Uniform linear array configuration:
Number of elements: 12
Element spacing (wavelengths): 0.75
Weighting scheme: binomial
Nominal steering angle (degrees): -60
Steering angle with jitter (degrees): -58.093
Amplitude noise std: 0.05
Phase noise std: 0.05

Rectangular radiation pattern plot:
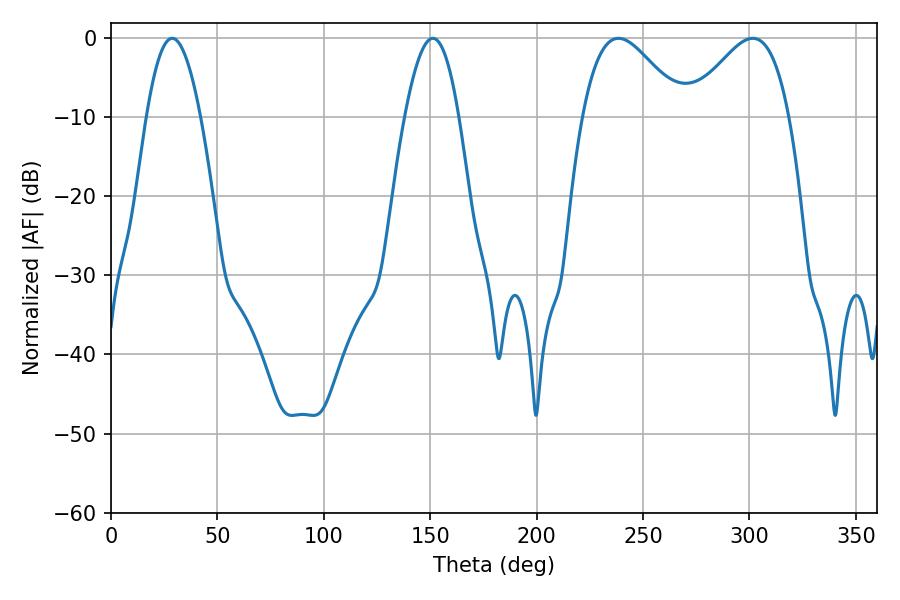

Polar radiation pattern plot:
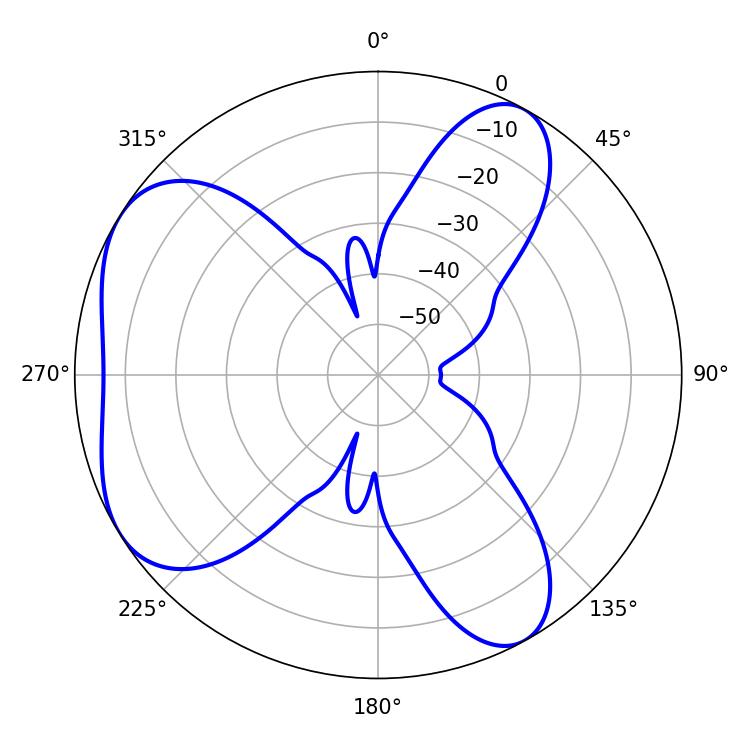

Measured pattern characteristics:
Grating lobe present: TRUE
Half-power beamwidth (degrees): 25.2
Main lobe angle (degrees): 238.5